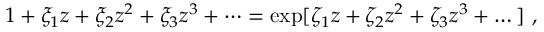
1 + \xi _ { 1 } z + \xi _ { 2 } z ^ { 2 } + \xi _ { 3 } z ^ { 3 } + \dots = \exp [ \zeta _ { 1 } z + \zeta _ { 2 } z ^ { 2 } + \zeta _ { 3 } z ^ { 3 } + \dots ] \mathrm { ~ , ~ }